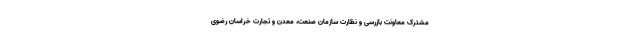
مشترک معاونت بازرسی و نظارت سازمان صنعت، معدن و تجارت خراسان رضوی